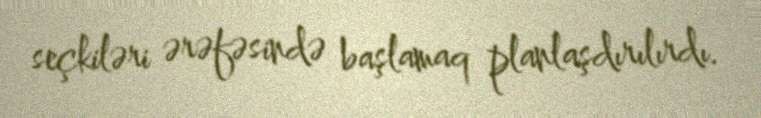
seçkiləri ərəfəsində başlamaq planlaşdırılırdı.